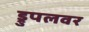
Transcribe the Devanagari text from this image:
ड्रुपलवर